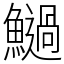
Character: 𩼣